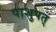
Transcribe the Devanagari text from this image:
पाशुपत्